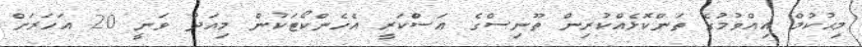
މިޙުކުމް އިއްވުމުގެ ތަންކޮޅެއްކުރިން ތޫނިސްގެ ޢަސްކަރީ އެހެންކޯޓަކުން މިއަދު ވަނީ 20 އަހަރަށް